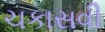
ચકાસવી